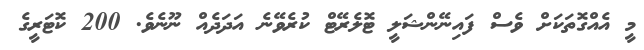
މީ އެއްގޮތަކަށް ވެސް ފައިނޭންޝަލީ ޓޮލެރޭޓް ކުރެވޭނެ އަދަދެއް ނޫނެވެ. 200 ކޮޓަރީގެ